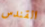
القندس